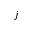
j